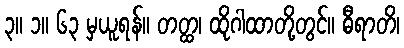
၃။ ၁။ ၆၃ မှယူရန်။ တတ္ထ၊ ထိုဂါထာတို့တွင်။ ဓီရာတိ၊